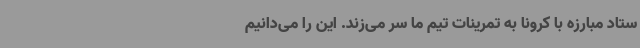
ستاد مبارزه با کرونا به تمرینات تیم ما سر می‌زند. این را می‌دانیم